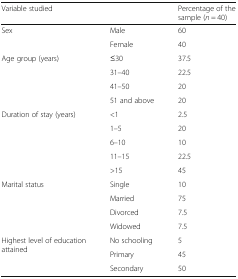
<table><thead><tr><td colspan="2"><b>Variable studied</b></td><td><b>Percentage of the sample (<i>n</i> = 40)</b></td></tr></thead><tbody><tr><td rowspan="2">Sex</td><td>Male</td><td>60</td></tr><tr><td>Female</td><td>40</td></tr><tr><td rowspan="4">Age group (years)</td><td>≤30</td><td>37.5</td></tr><tr><td>31–40</td><td>22.5</td></tr><tr><td>41–50</td><td>20</td></tr><tr><td>51 and above</td><td>20</td></tr><tr><td rowspan="5">Duration of stay (years)</td><td>&lt;1</td><td>2.5</td></tr><tr><td>1–5</td><td>20</td></tr><tr><td>6–10</td><td>10</td></tr><tr><td>11–15</td><td>22.5</td></tr><tr><td>&gt;15</td><td>45</td></tr><tr><td rowspan="4">Marital status</td><td>Single</td><td>10</td></tr><tr><td>Married</td><td>75</td></tr><tr><td>Divorced</td><td>7.5</td></tr><tr><td>Widowed</td><td>7.5</td></tr><tr><td rowspan="3">Highest level of education attained</td><td>No schooling</td><td>5</td></tr><tr><td>Primary</td><td>45</td></tr><tr><td>Secondary</td><td>50</td></tr></tbody></table>